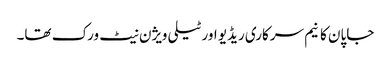
جاپان کا نیم سرکاری ریڈیو اور ٹیلی ویژن نیٹ ورک تھا۔